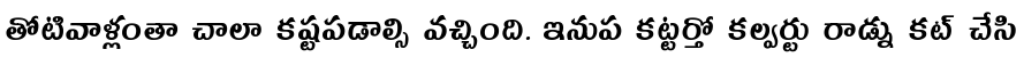
తోటివాళ్లంతా చాలా కష్టపడాల్సి వచ్చింది. ఇనుప కట్టర్తో కల్వర్టు రాడ్ను కట్ చేసి